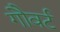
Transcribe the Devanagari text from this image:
गौवर्ट